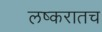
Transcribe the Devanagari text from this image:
लष्करातच